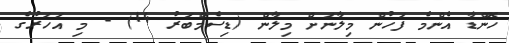
ހޮންޑާ އެންމެ ފަހުން މިލާނަށް މިލާން (ޑިސެމްބަރު 14) - މި އަހަރުގެ